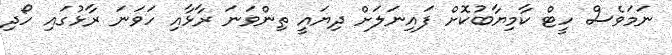
ނަމަވެސް ހީޓް ކާމިޔާބުކޮށް ފައިނަލަށް ދިޔައީ ތިންވަނަ ރާޅާއި ހަވަނަ ރާޅުގައި ހޯދި